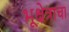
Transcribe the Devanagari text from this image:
भूक्षेत्राचा